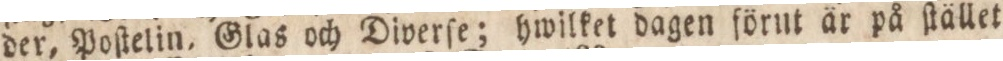
der, Poſtelin, Glas och Diverſe; hwilket dagen förut är på ſtället